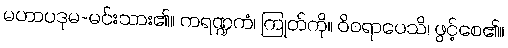
မဟာပဒုမ-မင်းသား၏။ ကရဏ္ဍကံ၊ ကြုတ်ကို။ ဝိဝရာပေသိ၊ ဖွင့်စေ၏။